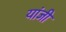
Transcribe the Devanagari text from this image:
यांजी